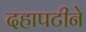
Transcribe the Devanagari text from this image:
दहापटीने